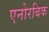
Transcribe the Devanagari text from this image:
एनोरबिक